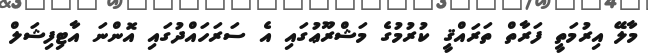
މާލޭ އިރުމަތީ ފަރާތް ތަރައްޤީ ކުރުމުގެ މަޝްރޫޢުގައި އެ ސަރަހައްދުގައި އޮންނަ އާޓިފިޝަލް